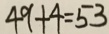
4 9 + 4 = 5 3